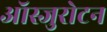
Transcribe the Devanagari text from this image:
ऑस्जुरोटन